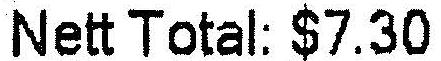
NETT TOTAL: $7.30